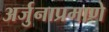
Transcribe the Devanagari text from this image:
अर्जुनाप्रमाणे